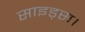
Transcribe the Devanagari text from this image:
साइड्स।